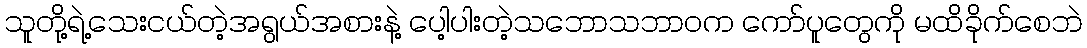
သူတို့ရဲ့သေးငယ်တဲ့အရွယ်အစားနဲ့ ပေါ့ပါးတဲ့သဘောသဘာဝက ကော်ပူတွေကို မထိခိုက်စေဘဲ